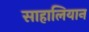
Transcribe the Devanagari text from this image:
साहालियान